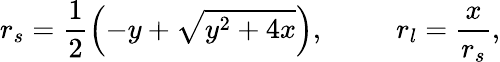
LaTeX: r_{s}=\frac{1}{2}\left(-y+\sqrt{y^{2}+4x}\right),\; \; \; \; \; \; \; \; \; r_{l}=\frac{x}{r_{s}},